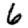
Digit: 6